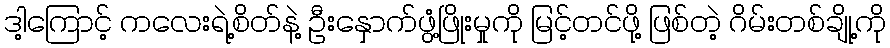
ဒါ့ကြောင့် ကလေးရဲ့စိတ်နဲ့ ဦးနှောက်ဖွံ့ဖြိုးမှုကို မြင့်တင်ဖို့ ဖြစ်တဲ့ ဂိမ်းတစ်ချို့ကို